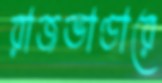
রাজভাণ্ডারে